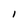
Character: I